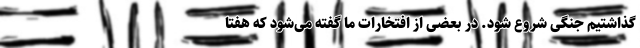
‌گذاشتیم جنگی شروع شود. در بعضی از افتخارات ما گفته می‌شود که هفتا